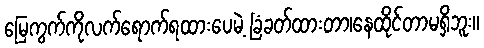
မြေကွက်ကိုလက်ရောက်ရထားပေမဲ့ ခြံခတ်ထားတာ၊နေထိုင်တာမရှိဘူး။